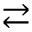
\rightleftarrows